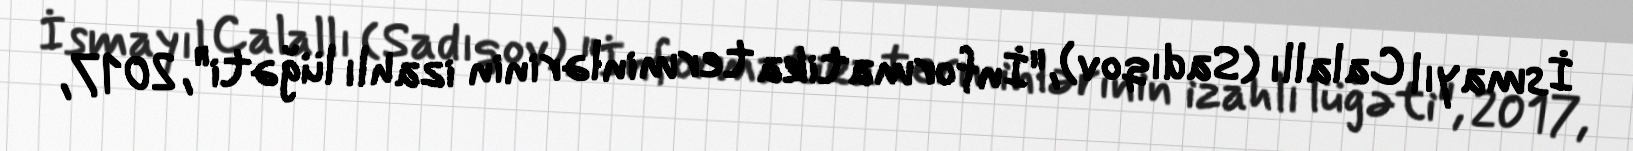
İsmayıl Calallı (Sadıqov), "İnformatika terminlərinin izahlı lüğəti", 2017,